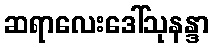
ဆရာလေးဒေါ်သုနန္ဒာ